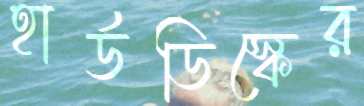
হার্ডডিস্কের